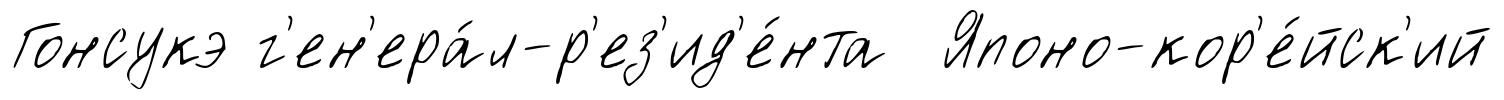
Гонсукэ г'ен'ера́л-р'ез'ид'е́нта Японо-кор'е́йск'ий